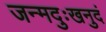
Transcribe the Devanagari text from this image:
जन्मदुःखनुदं